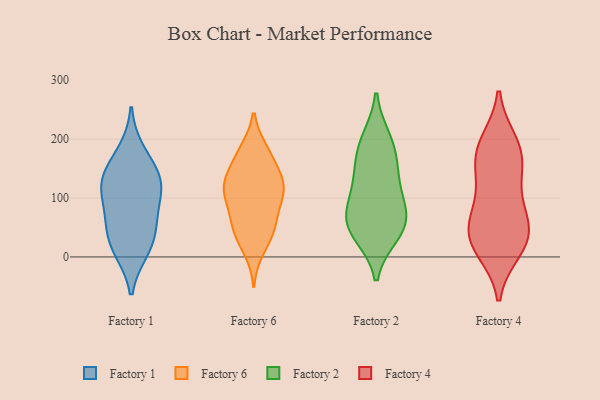
{"axis": {"x": "Backlog", "y": "Value"}, "legend": ["Factory 1", "Factory 2", "Factory 4", "Factory 6"], "data": [{"x": "", "y": 139, "type": "Factory 1"}, {"x": "", "y": 49, "type": "Factory 1"}, {"x": "", "y": 111, "type": "Factory 1"}, {"x": "", "y": 16, "type": "Factory 1"}, {"x": "", "y": 135, "type": "Factory 1"}, {"x": "", "y": 128, "type": "Factory 1"}, {"x": "", "y": 56, "type": "Factory 1"}, {"x": "", "y": 179, "type": "Factory 1"}, {"x": "", "y": 12, "type": "Factory 1"}, {"x": "", "y": 90, "type": "Factory 1"}, {"x": "", "y": 116, "type": "Factory 6"}, {"x": "", "y": 129, "type": "Factory 6"}, {"x": "", "y": 102, "type": "Factory 6"}, {"x": "", "y": 178, "type": "Factory 6"}, {"x": "", "y": 64, "type": "Factory 6"}, {"x": "", "y": 44, "type": "Factory 6"}, {"x": "", "y": 40, "type": "Factory 6"}, {"x": "", "y": 94, "type": "Factory 6"}, {"x": "", "y": 54, "type": "Factory 6"}, {"x": "", "y": 164, "type": "Factory 6"}, {"x": "", "y": 180, "type": "Factory 6"}, {"x": "", "y": 134, "type": "Factory 6"}, {"x": "", "y": 122, "type": "Factory 6"}, {"x": "", "y": 13, "type": "Factory 6"}, {"x": "", "y": 114, "type": "Factory 6"}, {"x": "", "y": 91, "type": "Factory 2"}, {"x": "", "y": 41, "type": "Factory 2"}, {"x": "", "y": 68, "type": "Factory 2"}, {"x": "", "y": 139, "type": "Factory 2"}, {"x": "", "y": 121, "type": "Factory 2"}, {"x": "", "y": 38, "type": "Factory 2"}, {"x": "", "y": 200, "type": "Factory 2"}, {"x": "", "y": 71, "type": "Factory 2"}, {"x": "", "y": 54, "type": "Factory 2"}, {"x": "", "y": 191, "type": "Factory 2"}, {"x": "", "y": 163, "type": "Factory 2"}, {"x": "", "y": 176, "type": "Factory 4"}, {"x": "", "y": 24, "type": "Factory 4"}, {"x": "", "y": 31, "type": "Factory 4"}, {"x": "", "y": 64, "type": "Factory 4"}, {"x": "", "y": 36, "type": "Factory 4"}, {"x": "", "y": 193, "type": "Factory 4"}, {"x": "", "y": 129, "type": "Factory 4"}, {"x": "", "y": 52, "type": "Factory 4"}, {"x": "", "y": 14, "type": "Factory 4"}, {"x": "", "y": 181, "type": "Factory 4"}, {"x": "", "y": 161, "type": "Factory 4"}, {"x": "", "y": 94, "type": "Factory 4"}]}